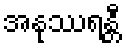
အနုဿရန္တီ